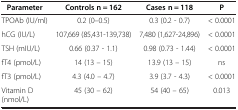
<table><thead><tr><td><b>Parameter</b></td><td><b>Controls n = 162</b></td><td><b>Cases n = 118</b></td><td><b>P</b></td></tr></thead><tbody><tr><td>TPOAb (IU/ml)</td><td>0.2 (0–0.5)</td><td>0.3 (0.2 - 0.7)</td><td>&lt; 0.0001</td></tr><tr><td>hCG (IU/L)</td><td>107,669 (85,431-139,738)</td><td>7,480 (1,627-24,896)</td><td>&lt; 0.0001</td></tr><tr><td>TSH (mIU/L)</td><td>0.66 (0.37 - 1.1)</td><td>0.98 (0.73 - 1.44)</td><td>&lt; 0.0001</td></tr><tr><td>fT4 (pmol/L)</td><td>14 (13 – 15)</td><td>13.9 (13 – 15)</td><td>ns</td></tr><tr><td>fT3 (pmol/L)</td><td>4.3 (4.0 – 4.7)</td><td>3.9 (3.7 - 4.3)</td><td>&lt; 0.0001</td></tr><tr><td>Vitamin D (nmol/L)</td><td>45 (30 – 62)</td><td>54 (40 – 65)</td><td>0.013</td></tr></tbody></table>